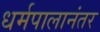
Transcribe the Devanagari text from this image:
धर्मपालानंतर